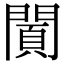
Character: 𨵪